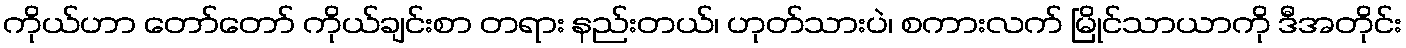
ကိုယ်ဟာ တော်တော် ကိုယ်ချင်းစာ တရား နည်းတယ်၊ ဟုတ်သားပဲ၊ စကားလက် မြိုင်သာယာကို ဒီအတိုင်း